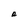
Character: s